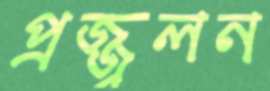
প্রজ্জ্বলন